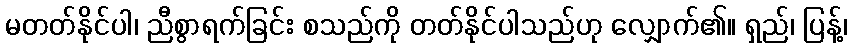
မတတ်နိုင်ပါ၊ ညီစွာရက်ခြင်း စသည်ကို တတ်နိုင်ပါသည်ဟု လျှောက်၏။ ရှည်၊ ပြန့်၊